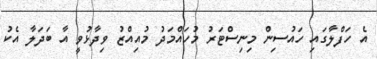
އެ ހަފްލާގައި ހައުސިން މިނިސްޓަރު މުހައްމަދު މުއިއްޒު ވިދާޅުވީ އާ ބަދަލާ އެކު